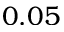
0 . 0 5